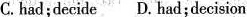
C.had；decide D. Had；decision